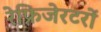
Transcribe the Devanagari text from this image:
रेफ्रिजेरटरों